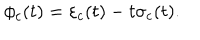
\phi _ { c } ( t ) = \varepsilon _ { c } ( t ) - t \sigma _ { c } ( t ) .